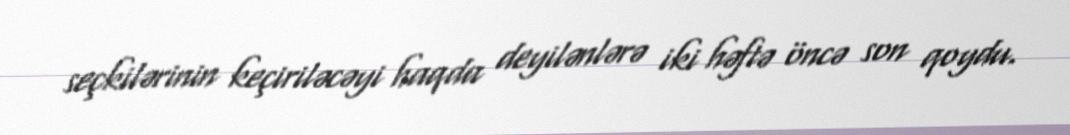
seçkilərinin keçiriləcəyi haqda deyilənlərə iki həftə öncə son qoydu.